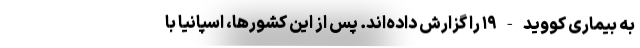
به بیماری کووید-۱۹ را گزارش داده‌اند. پس از این کشورها، اسپانیا با